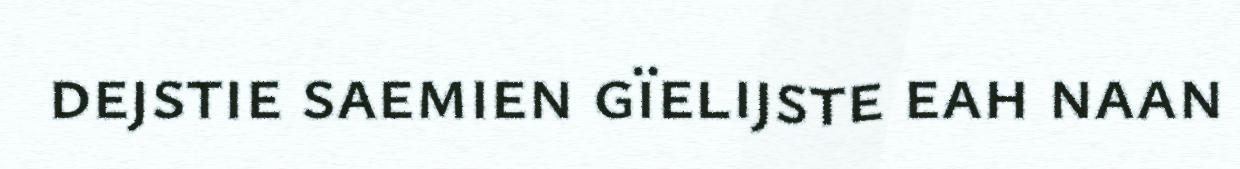
dejstie saemien gïelijste eah naan